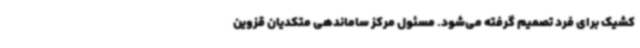
کشیک برای فرد تصمیم گرفته می‌شود. مسئول مرکز ساماندهی متکدیان قزوین